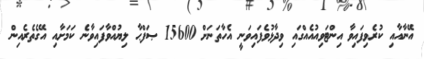
އޭނާއާއި ކުރެވިފައިވާ އިންޓަވިއުއެއްގައި ވިދާޅުވެފައިވަނީ އެހާތަނަށް 15600 ޞަފްޙާ ލިޔުއްވާފައިވާނެ ކަމަށާއި އޭގެތެރެއިން